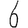
Digit: 6